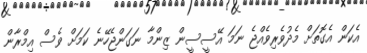
އެކަން އެގޮތަށް މެދުވެރިވެއްޖެ ނަމަ އޭސީސީން ޒިންމާ ނަގަންޖެހޭނެ ކަމަށް ވެސް އިމްރާން